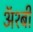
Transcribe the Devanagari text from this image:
ॲश्बी